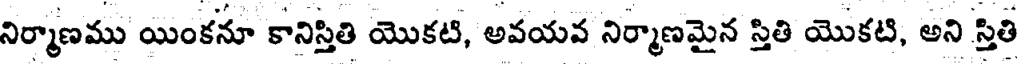
నిర్మాణము యింకనూ కానిస్తితి యొకటి, అవయవ నిర్మాణమైన స్తితి యొకటి, అని స్తితి